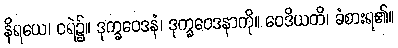
နိရယေ၊ ငရဲ၌။ ဒုက္ခဝေဒနံ၊ ဒုက္ခဝေဒနာကို။ ဝေဒိယတိ၊ ခံစားရ၏။